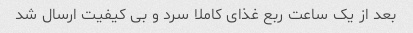
بعد از یک ساعت ربع غذای کاملا سرد و بی کیفیت ارسال شد